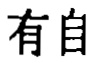
有自